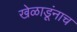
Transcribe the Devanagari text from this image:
खेळाडूंनाच